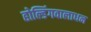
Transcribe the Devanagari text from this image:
होल्डिंगवालाधन